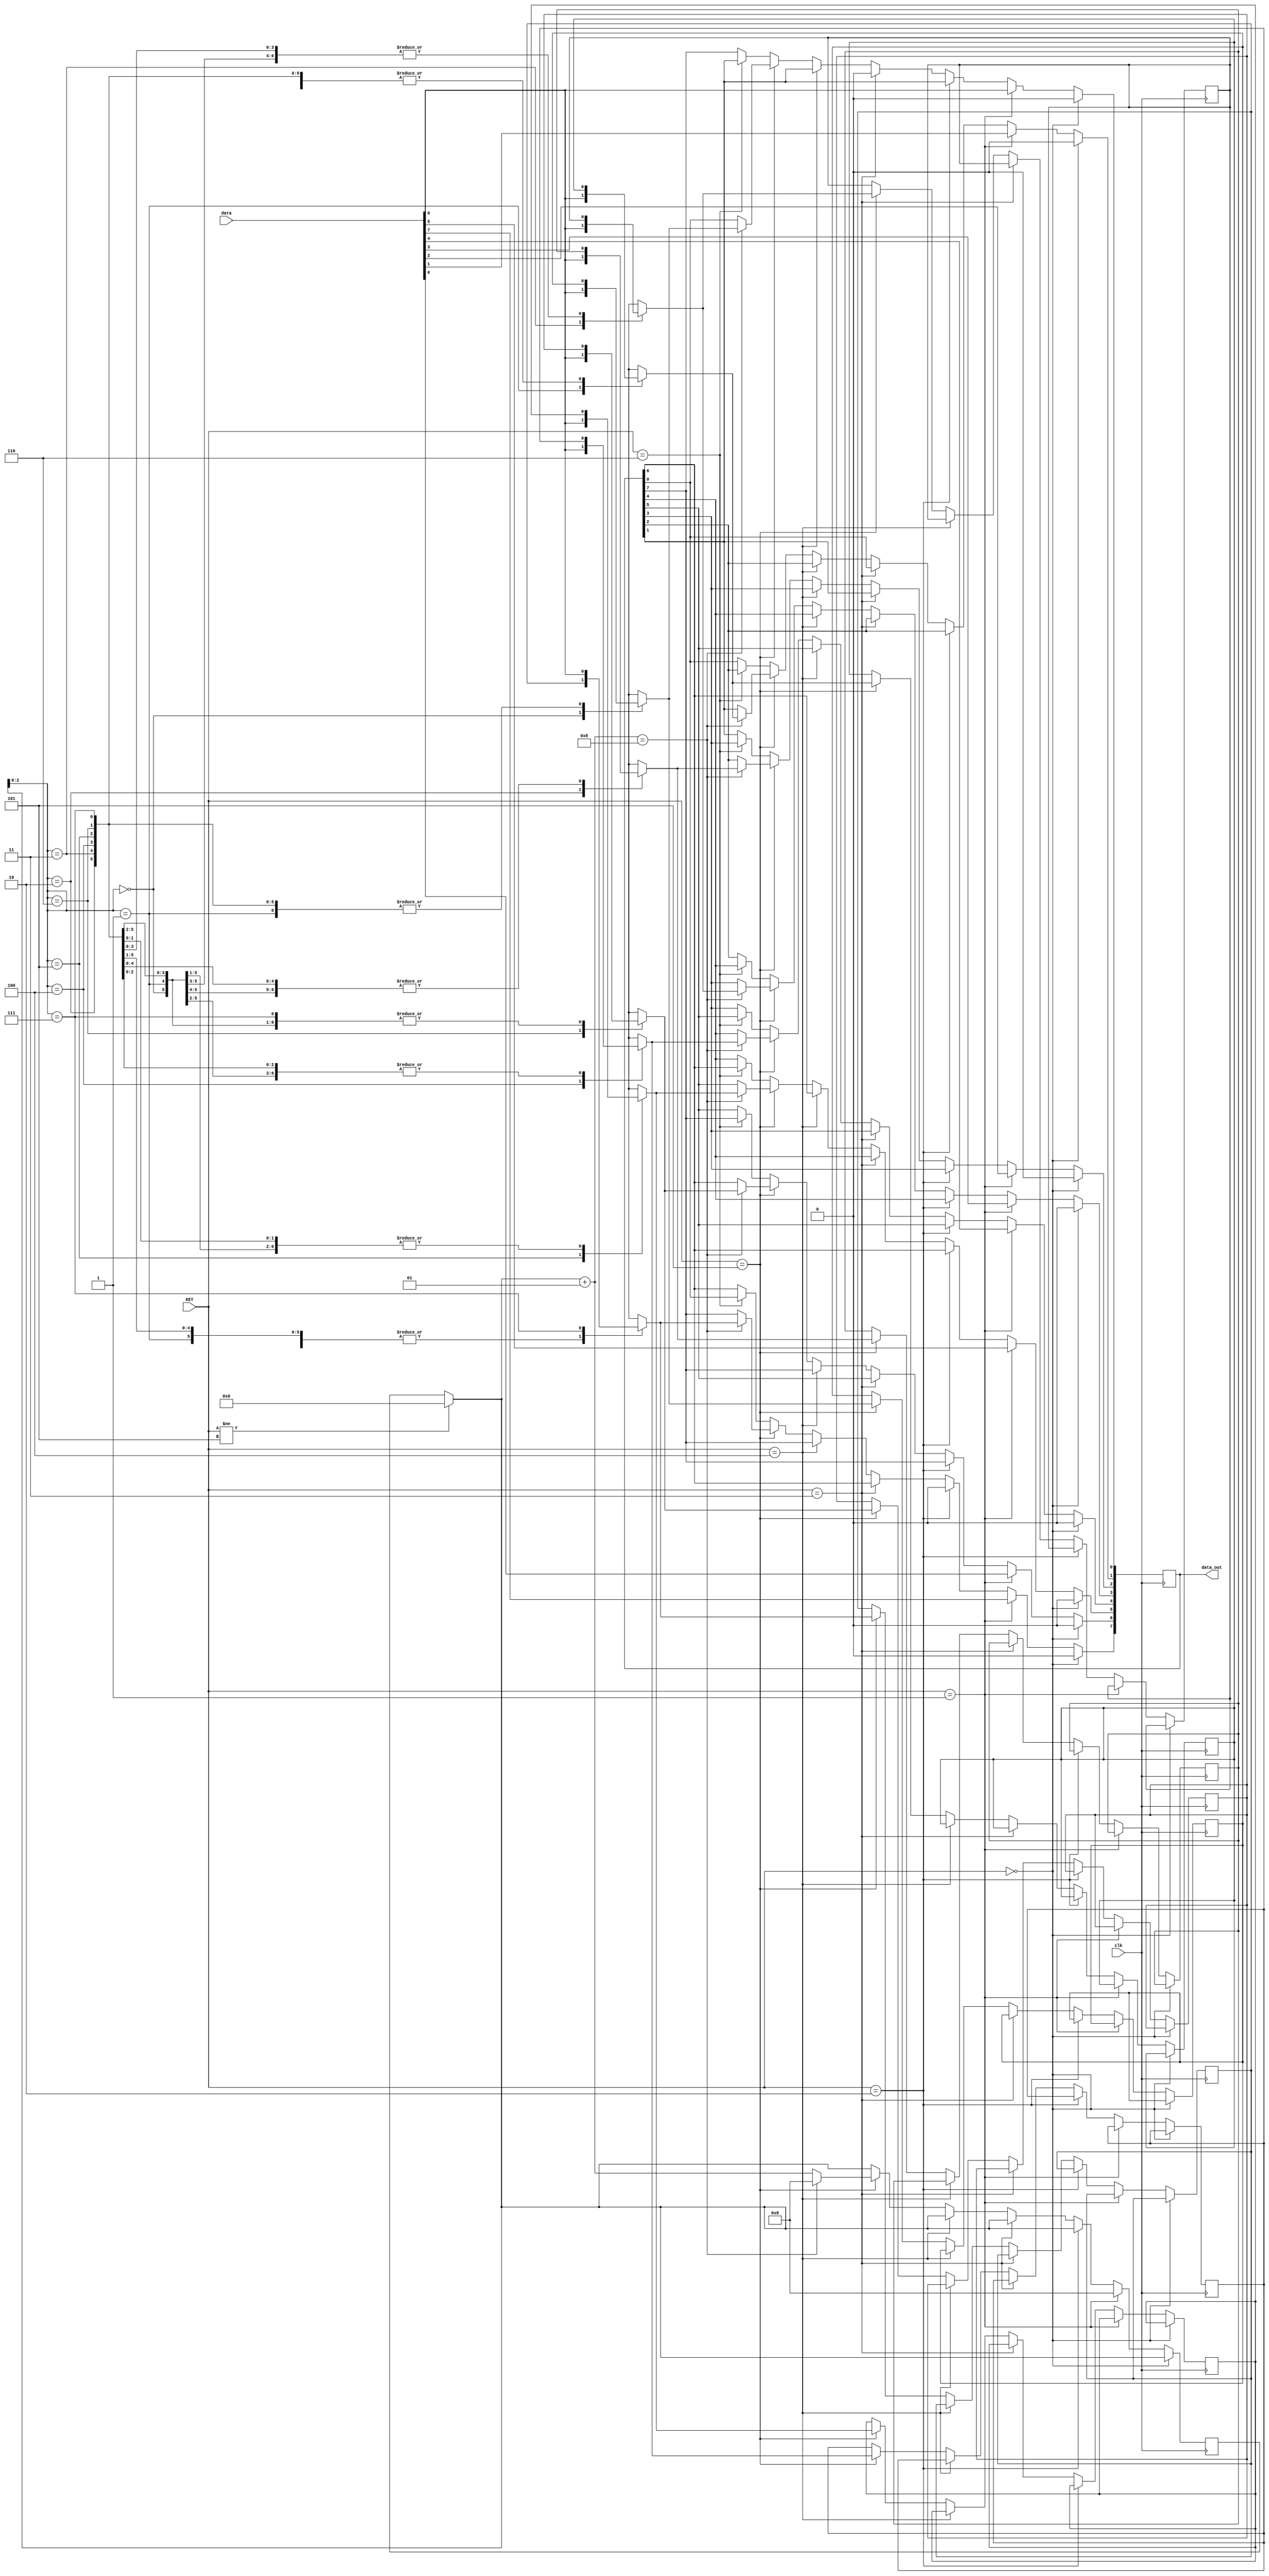
 module exp6_1(clk,KEY,data,data_out);
	input clk;
	input [2:0]	KEY;
	input [7:0]	data;
	reg temp_data [7:0];
	output reg [7:0] data_out;
	integer i;
	always @(posedge clk)
	begin
	if(KEY!=3'b101)
		i=0;
	if(KEY==3'b000)//clear
		data_out<=8'b00000000;	
	else if(KEY==3'b001)//set
		begin
		for(i=0;i<8;i=i+1)
			data_out[i]<=data[i];
		end
	else if(KEY==3'b010)//shr
		data_out<={1'b0,data_out[7:1]};
	else if(KEY==3'b011)//shl
		data_out<=(data_out<<1'b1);	
	else if(KEY==3'b100)//sar
		data_out<={data_out[7],data_out[7:1]};
	else if(KEY==3'b101)//in&out
		begin
		temp_data[i]=data[0];
		i=i+1;
		if(i==8)
			begin
			for(i=0;i<8;i=i+1)
				data_out[i]<=temp_data[i];
			end
		end
	else if(KEY==3'b110)//loop right
		begin
		data_out<={data_out[0],data_out[7:1]};
		end
	else//loop left
		begin
		data_out<={data_out[6:0],data_out[7]};		
		end
	end
endmodule